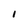
Character: i